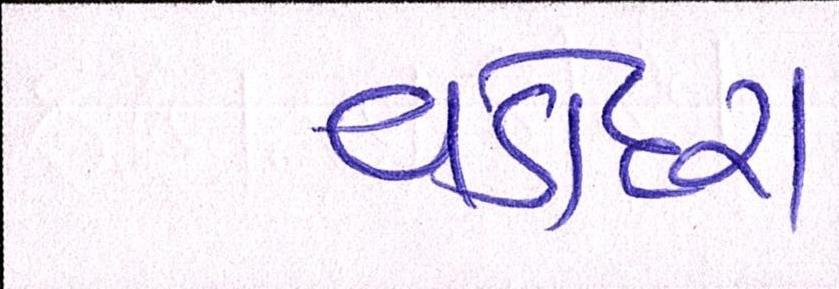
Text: વડોદરા